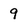
Character: 9